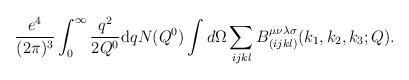
LaTeX: \begin{align*}\frac{{ e^4}}{(2\pi )^3} \int_0^{\infty}\frac{{ q}^2}{{ 2Q^0}} {\rm d} q N({Q^0}) \int d\Omega\sum_{ijkl}{ B}_{(ijkl)}^{\mu \nu \lambda \sigma}({ k_1 ,k_2 ,k_3};Q).\end{align*}